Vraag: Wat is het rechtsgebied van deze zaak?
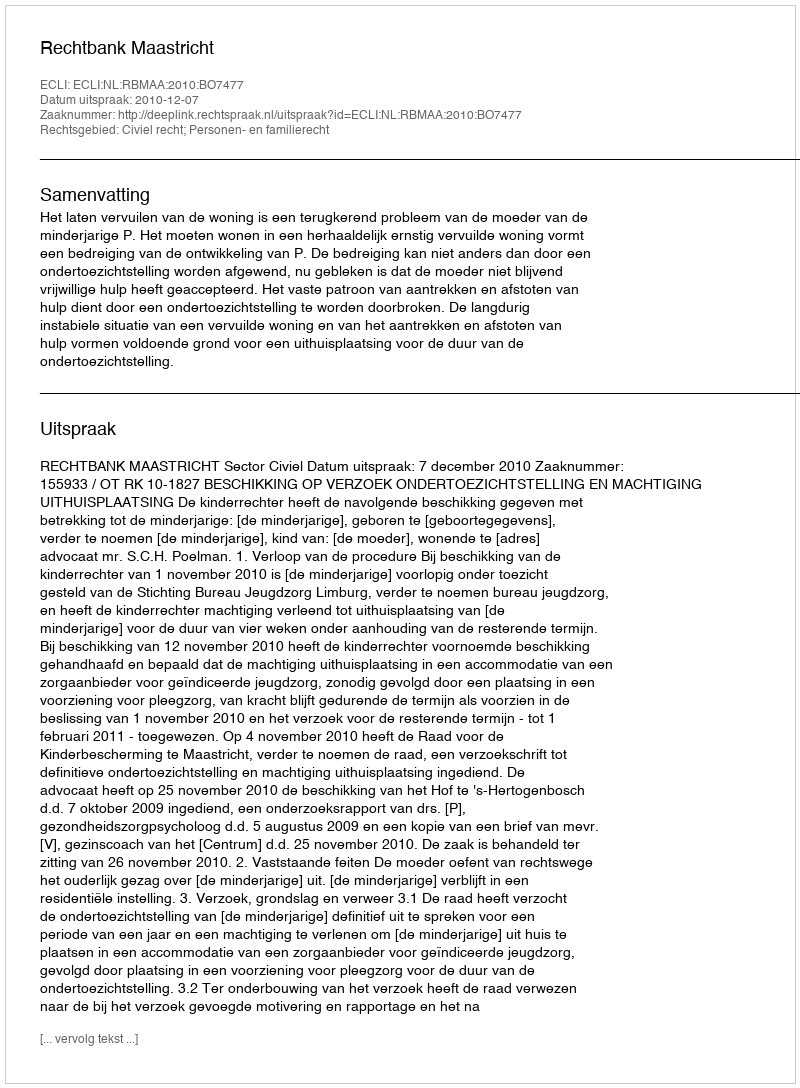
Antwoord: Civiel recht; Personen- en familierecht